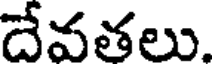
దేవతలు.